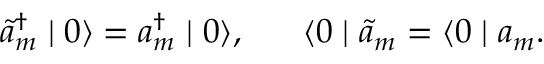
\tilde { a } _ { m } ^ { \dagger } \mid 0 \rangle = a _ { m } ^ { \dagger } \mid 0 \rangle , \; \; \; \; \; \; \langle 0 \mid \tilde { a } _ { m } = \langle 0 \mid a _ { m } .